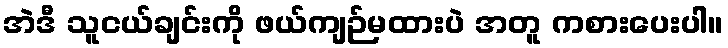
အဲဒီ သူငယ်ချင်းကို ဖယ်ကျဉ်မထားပဲ အတူ ကစားပေးပါ။